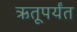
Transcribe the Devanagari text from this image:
ऋतूपर्यंत